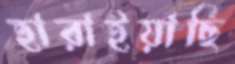
হারাইয়াছি